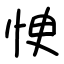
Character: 㤤